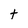
Character: t